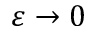
\varepsilon \rightarrow 0